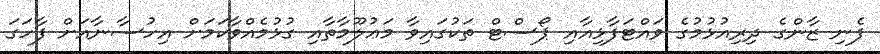
ފެނި ޒާންގެ ދިރިއުޅުމުގެ ވައްޓަފާޅިއާއި ޕޯސްޓް ތަކުގައިވާ މަޢުލޫމާތާއި ގުޅުމެއްވާކަމަށް އިހުސާނާއަށް ފާހަގަ